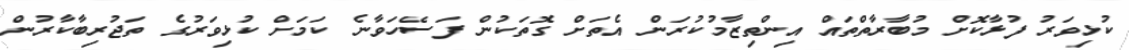
ކުޅިވަރު ފުޅާކޮށް މުބާރާތްތައް އިންތިޒާމުކުރަން އެތަށް ގޮތަކުން ފަސޭހަވާނެ ކަމަށް ކުޅިވަރުގެ ތަޖުރިބާކާރުން